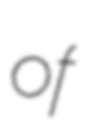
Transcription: of